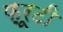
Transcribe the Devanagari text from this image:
फ़्रूटी